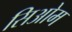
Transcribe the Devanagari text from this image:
सिओम